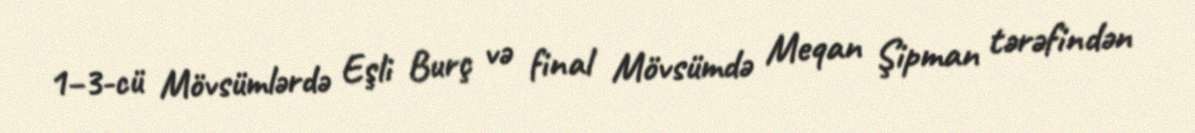
1–3-cü Mövsümlərdə Eşli Burç və final Mövsümdə Meqan Şipman tərəfindən